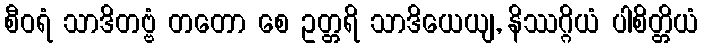
စီဝရံ သာဒိတဗ္ဗံ တတော စေ ဥတ္တရိ သာဒိယေယျ, နိဿဂ္ဂိယံ ပါစိတ္တိယံ